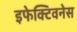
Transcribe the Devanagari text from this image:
इफेक्टिवनेस